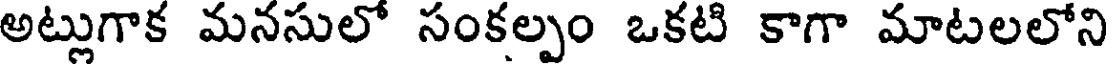
అట్లుగాక మనసులో సంకల్పం ఒకటి కాగా మాటలలోని